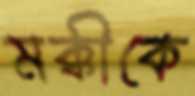
মক্কীকে